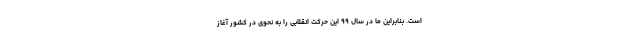
است. بنابراین ما در سال ۹۹ این حرکت انقلابی را به نحوی در کشور آغاز